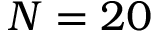
N = 2 0